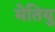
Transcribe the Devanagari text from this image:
मेतियु